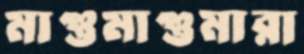
মাগুমাগুমারা